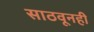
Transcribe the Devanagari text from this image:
साठवूनही